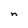
Character: n